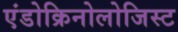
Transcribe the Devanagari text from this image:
एंडोक्रिनोलोजिस्ट